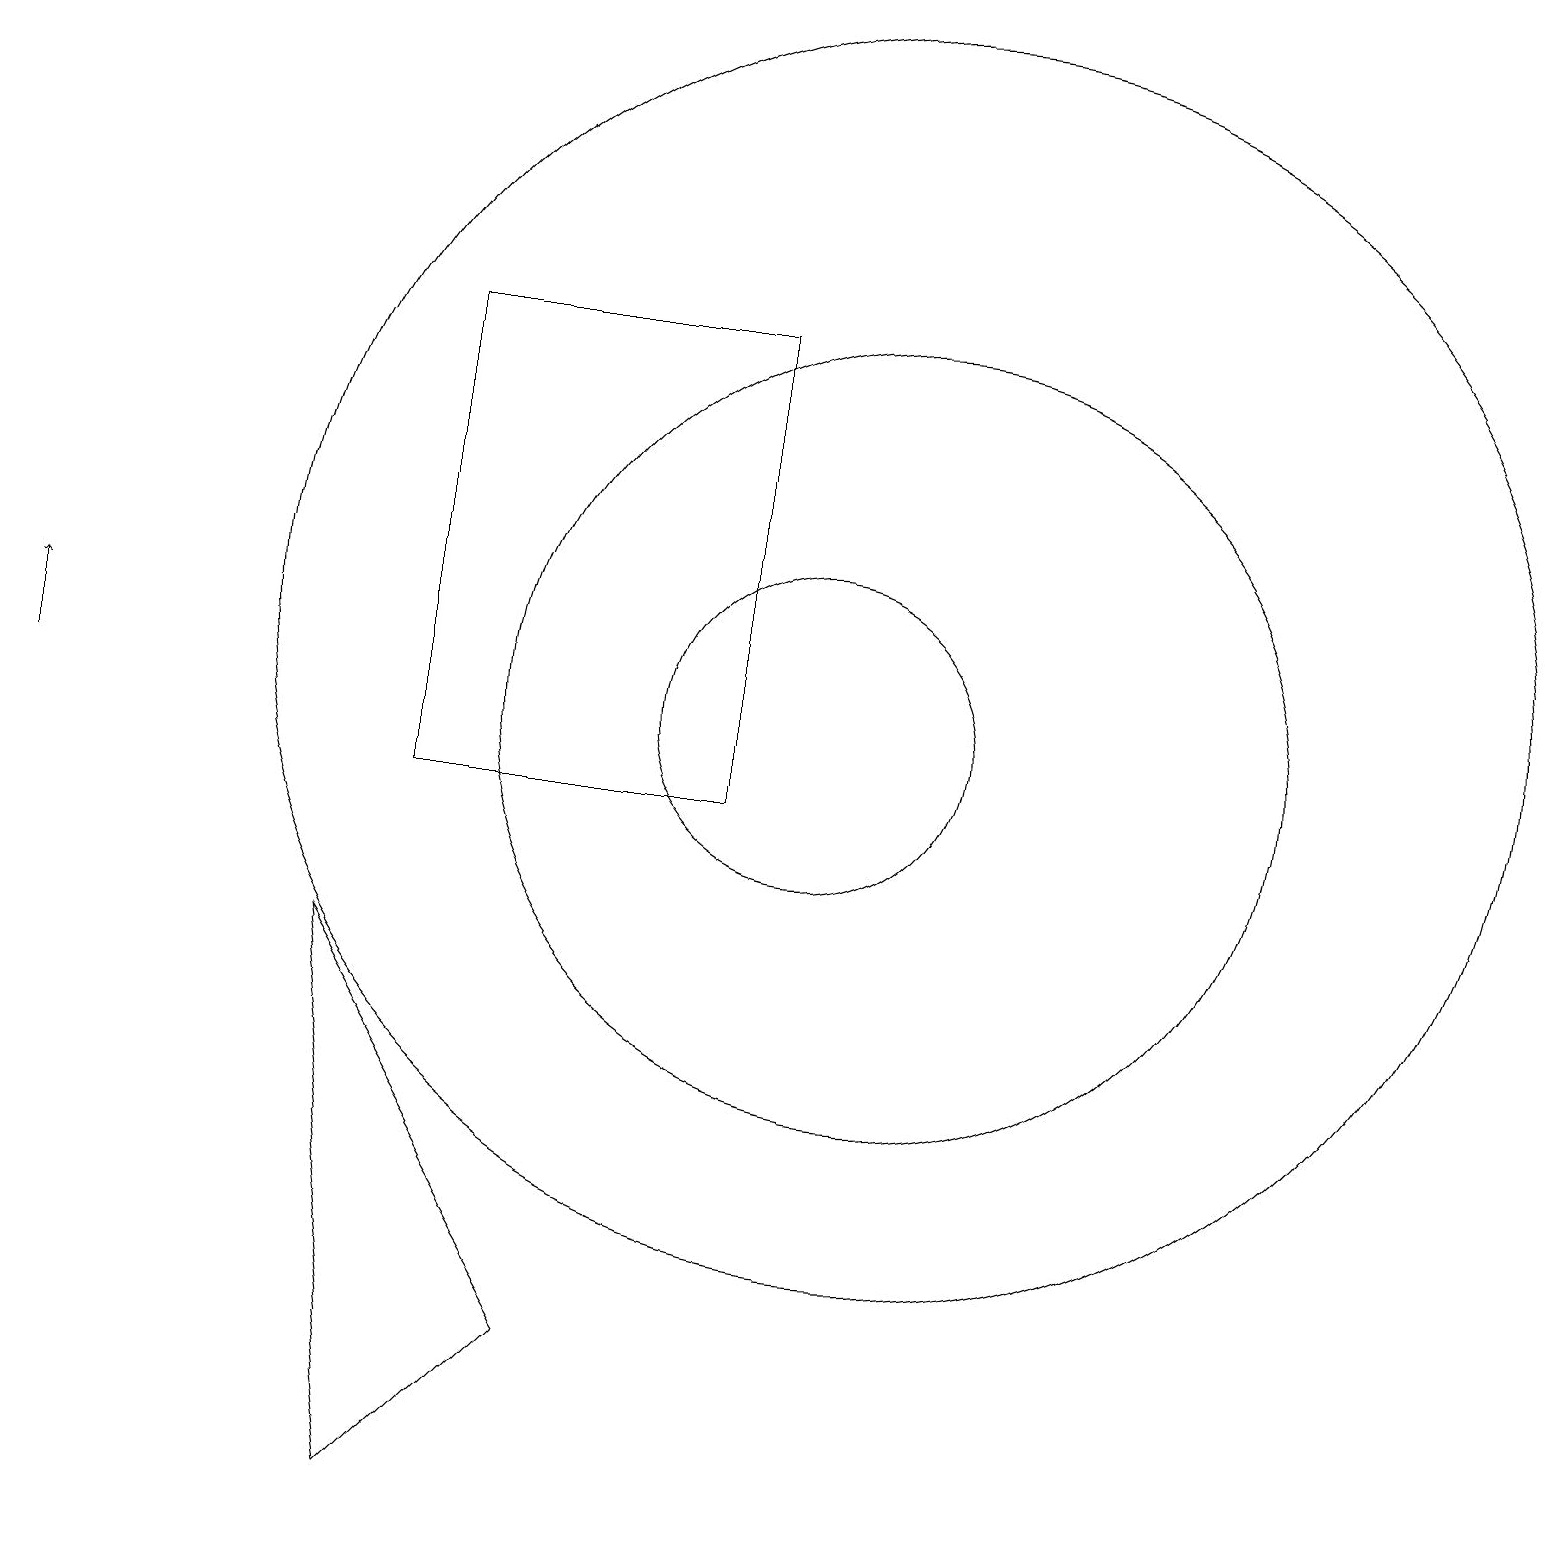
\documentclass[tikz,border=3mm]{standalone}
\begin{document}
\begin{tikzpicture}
\draw (11,11) circle (5);
\draw (7,3) -- (5,1) -- (4,8) -- cycle;
\draw (10,11) circle (2);
\draw (9,10) rectangle (5,16);
\draw (11,12) circle (8);
\draw[->] (0,11) -- (0,12);
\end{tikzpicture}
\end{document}